Vaccination United Provinces of Agra and Oudh 1902-1913 - 1902-1913
Year: 1902
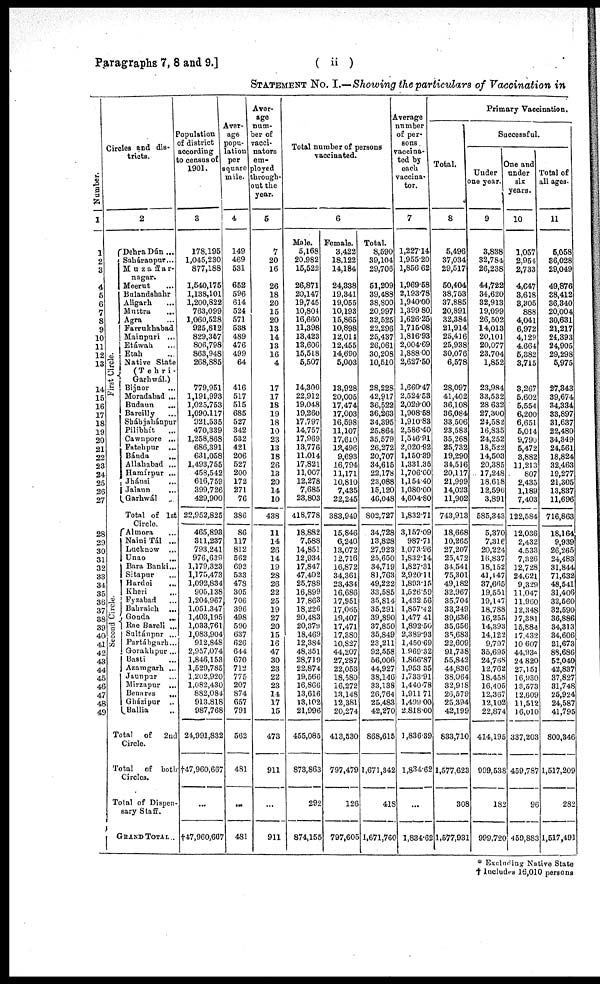
Paragraphs 7, 8 and 9.]
( ii )
STATEMENT No. I.—Showing the particulars of Vaccination in
Number.
1
1
2
3
4
5
6
7
8
9
10
11
12
13
14
15
16
17
18
19
20
21
22
23
24
25
26
27
28
29
30
31
32
33
34
35
36
37
38
39
40
41
42
43
44
45
46
47
48
49
Circles and dis-
tricts.
2
First Circle.
Second Circle.
Dehra Dún ...
Saháranpur...
Muzaffar¬
nagar.
Meerut ...
Bulandshahr
Aligarh ...
Muttra ...
Agra ...
Farrukhabad
Mainpuri ...
Etáwah ...
Etah ...
Native State
(Tehri¬
Garhwál.)
Bijnor ...
Moradabad ...
Budaun ...
Bareilly ...
Sháhjahánpur
Pilibhít ...
Cawnpore ...
Fatehpur
...
Bánda
...
Allahabad ...
Hamírpur ...
Jhánsi ...
Jalaun
...
Garhwál ...
Total of 1st
Circle.
Almora ...
Naini Tál ...
Lucknow ...
Unao ...
Bara Banki ...
Sitapur ...
Hardoi
...
Kheri ...
Fyzabad ...
Bahraich
...
Gonda
...
Rae Bareli ...
Sultánpur ...
Partábgarh...
Gorakhpur ...
Basti ...
Azamgarh ...
Jaunpur ...
Mirzapur ...
Benares
...
Gházipur ...
Ballia ...
Total
of
2nd
Circle.
Total
of both
Circles.
Total of Dispen-
sary Staff.
GRAND TOTAL..
Population
of district
according
to census of
1901.
3
178,195
1,045,230
877,188
1,540,175
1,138,101
1,200,822
763,099
1,060,528
925,812
829,357
806,798
863,948
268,885
779,951
1,191,993
1,025,753
1,090,117
921,535
470,339
1,258,868
686,391
631,058
1,493,755
458,542
616,759
399,726
429,900
22,952,825
465,893
311,237
793,241
976,639
1,179,323
1,175,473
1,092,834
905,138
1,204,967
1,051,347
1,403,195
1,033,761
1,083,904
912,848
2,957,074
1,846,153
1,529,785
1,202,920
1,082,430
882,084
913,818
987,768
24,991,832
†47,960,667
...
†47,960,667
Aver¬
age
popu-
lation
per
square
mile.
4
149
469
531
652
596
614
524
571
538
489
476
499
64
416
517
515
685
527
342
532
421
206
527
200
172
271
76
386
86
117
812
562
692
533
478
305
706
396
498
590
637
626
644
670
712
775
207
874
657
791
562
481
...
481
Aver-
age
num¬
ber of
vacci¬
nators
em¬
ployed
through¬
out the
year.
5
7
20
16
26
18
20
15
20
13
14
13
16
4
17
17
18
19
18
10
23
13
18
26
13
20
14
10
438
11
14
26
14
19
28
26
22
25
19
27
20
15
16
47
30
23
22
23
14
17
15
473
911
...
911
Total number of persons
vaccinated.
6
Male.
5,168
20,982
15,522
26,871
20,147
19,745
10,804
16,660
11,398
13,423
13,606
15,518
5,507
14,300
22,912
19,048
19,260
17,797
14,757
17,969
13,776
11,014
17,821
11,007
12,278
7,685
23,803
418,778
18,882
7,588
14,851
12,934
17,847
47,402
25,788
16,899
17,863
18,226
20,483
20,379
18,469
12,384
48,351
28,719
22,874
19,566
16,866
13,616
13,102
21,996
455,085
873,863
292
874,155
Female.
3,422
18,122
14,184
24,338
19,341
19,055
10,193
15,865
10,898
12,014
12,455
14,690
5,003
13,928
20,005
17,474
17,003
16,598
11,107
17,610
12,496
9,693
16,794
11,171
10,810
7,435
22,245
383,949
15,846
6,240
13,072
12,716
16,872
34,361
23,434
16,686
17,951
17,065
19,407
17,471
17,380
10,827
44,207
27,287
22,053
18,580
16,272
13,148
12,381
20,274
413,530
797,479
126
797,605
Total.
8,590
39,104
29,706
51,209
39,488
38,800
20,997
32,525
22,296
25,437
26,061
30,208
10,510
28,228
42,917
36,522
36,263
34,395
25,864
35,579
26,272
20,707
34,615
22,178
23,088
15,120
46,048
802,727
34,728
13,828
27,923
25,650
34,719
81,763
49,222
33,585
35,814
35,291
39,890
37,850
35,849
23,211
92,558
56,006
44,927
38,146
33,138
26,764
25,483
42,270
868,615
1,671,342
418
1,671,760
Average
number
of per-
sons
vaccina-
ted by
each
vaccina¬
tor.
7
1,227.14
1,955.20
1,856.62
1,969.58
2,193.78
1,940.00
1,399.80
1,626.25
1,715.08
1,816.93
2,004.69
1,888.00
2,627.50
1,660.47
2,524.53
2,029.00
1,908.58
1,910.83
2,586.40
1,546.91
2,020.92
1,150.39
1,331.35
1,706.00
1,154.40
1,080.00
4,604.80
1,832.71
3,157.09
987.71
1,073.96
1,832.14
1,827.31
2,920.11
1,893.15
1,526.59
1,432.56
1,857.42
1,477.41
1,892.50
2,389.93
1,450.69
1,969.32
1,866.87
1,953.35
1,733.91
1,440.78
1,911.71
1,499.00
2,818.00
1,836.39
1,834.62
...
1,834,62
Primary Vaccination.
Total.
8
5,496
37,034
29,517
50,404
38,753
37,885
20,891
32,384
21,914
25,416
25,938
30,076
6,578
28,097
41,402
36,108
36,084
33,506
23,583
35,268
25,732
19,290
34,516
20,117
21,999
14,023
11,902
743,913
18,668
10,265
27,207
25,472
34,541
75,301
49,182
32,967
35,704
33,249
39,636
35,656
35,683
22,609
91,738
55,842
44,836
38,064
32,918
26,579
25,394
42,199
833,710
1,577,623
308
1,577,931
Successful.
Under
one year.
9
3,838
32,784
26,238
44,722
34,620
32,913
19,099
26,502
14,013
20,101
20,077
23,704
1,852
23,984
33,532
28,632
27,300
24,582
16,835
24,252
18,522
14,503
20,385
17,248
18,618
12,596
3,891
585,343
5,370
7,316
20,224
16,837
18,152
41,147
37,665
19,551
19,147
18,788
16,255
14,393
14,122
9,797
35,695
24,768
12,762
18,458
16,405
12,367
12,102
22,874
414,195
999,538
182
999,720
One and
under
six
years.
10
1,057
2,954
2,733
4,647
3,618
3,305
888
4,041
6,972
4,129
4,664
5,382
3,715
3,267
5,602
5,554
6,200
6,651
5,014
9,790
5,472
3,882
11,213
807
2,435
1,189
7,403
122,584
12,036
2,432
4,533
7,326
12,728
24,621
9,329
11,047
11,960
12,348
17,381
15,884
17,432
10,607
44,934
24,820
27,151
16,930
13,573
12,609
11,512
16,010
337,203
459,787
96
459,883
Total of
all ages.
11
5,058
36,028
29,049
49,876
38,412
36,340
20,004
30,631
21,217
24,393
24,905
29,298
5,975
27,343
39,674
34,334
33,897
31,637
22,480
34,349
24,561
18,824
32,463
19,277
21,305
13,837
11,696
716,863
18,164
9,939
26,265
24,483
31,844
71,632
48,541
31,406
32,560
32,590
36,886
34,313
34,606
21,673
88,686
52,040
42,837
37,827
31,748
25,924
24,587
41,795
800,346
1,517,209
282
1,517,491
* Excluding Native State
† Includes 16,010 persons